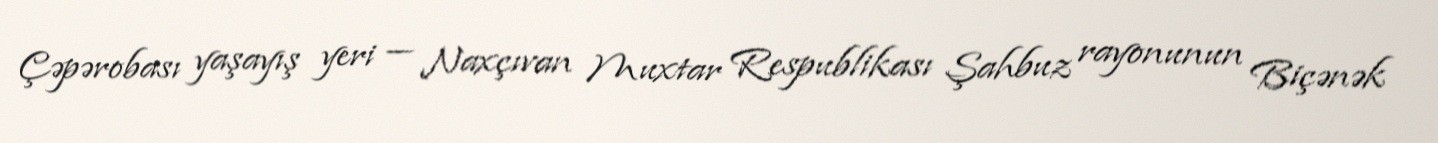
Çəpərobası yaşayış yeri — Naxçıvan Muxtar Respublikası Şahbuz rayonunun Biçənək